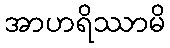
အာဟရိဿာမိ